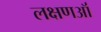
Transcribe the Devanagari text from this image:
लक्षणऑं